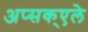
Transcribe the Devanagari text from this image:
अप्सक्एले